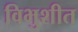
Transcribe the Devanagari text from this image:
विभुशीत